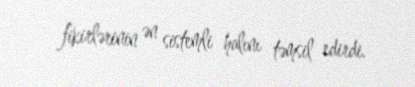
fikirlərinin ən sistemli halını təmsil edirdi.